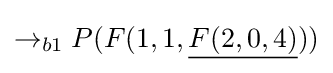
\rightarrow _{b1}P(F(1,1,{\underline {F(2,0,4)}}))